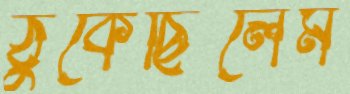
ঠুকেছিলেম